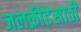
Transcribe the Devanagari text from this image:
जलक्रीडेसाठी